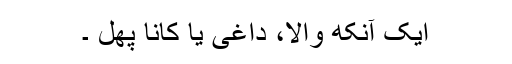
ایک آنکھ والا، داغی یا کانا پھل ۔